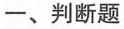
一、判断题